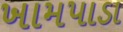
ખામપાડા